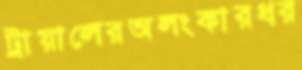
ট্রায়ালেরঅলংকারধর